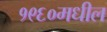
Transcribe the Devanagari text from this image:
१९६०मधील